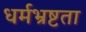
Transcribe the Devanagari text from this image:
धर्मभ्रष्टता